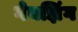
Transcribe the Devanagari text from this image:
गेयझिंग